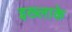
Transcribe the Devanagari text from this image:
इख्लाके